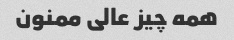
همه چیز عالی ممنون